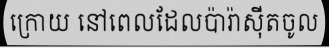
ក្រោយ នៅពេលដែលប៉ារ៉ាស៊ីតចូល